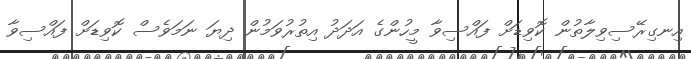
އިނގިރޭސިވިލާތުން ކޮވިޑަށް ފައްސިވާ މީހުންގެ އަދަދު އިތުރުވަމުން ދިޔަ ނަމަވެސް ކޮވިޑަށް ފައްސިވާ